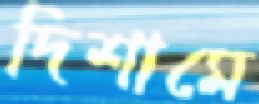
দিশামে